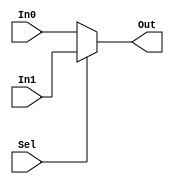
`timescale 1ns / 1ps

////////////////////////////////////////////////////////////////////////////////
// Computer Architecture
// 
// Module - Mux32Bit2To1.v
// Description - Performs signal multiplexing between 2 32-Bit words.
////////////////////////////////////////////////////////////////////////////////

module Mux32Bit2To1(Out, In0, In1, Sel);
    input [31:0] In0, In1;
    input Sel;
    
    output [31:0] Out;

    assign Out = (Sel) ? (In1):(In0);

endmodule